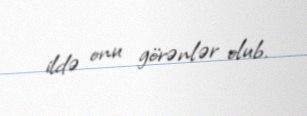
ildə onu görənlər olub.